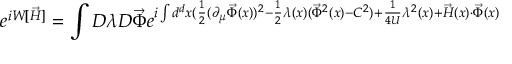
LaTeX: e ^ { i W [ \vec { H } ] } = \int { \cal D } \lambda { \cal D } { \vec { \Phi } } e ^ { i \int d ^ { d } x ( \frac { 1 } { 2 } ( \partial _ { \mu } { \vec { \Phi } } ( x ) ) ^ { 2 } - \frac { 1 } { 2 } \lambda ( x ) ( { \vec { \Phi } } ^ { 2 } ( x ) - C ^ { 2 } ) + \frac { 1 } { 4 U } \lambda ^ { 2 } ( x ) + { \vec { H } } ( x ) \cdot { \vec { \Phi } } ( x ) }